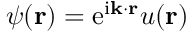
\psi ( \mathbf { r } ) = \mathrm { e } ^ { \mathrm { i } \mathbf { k } \cdot \mathbf { r } } u ( \mathbf { r } )